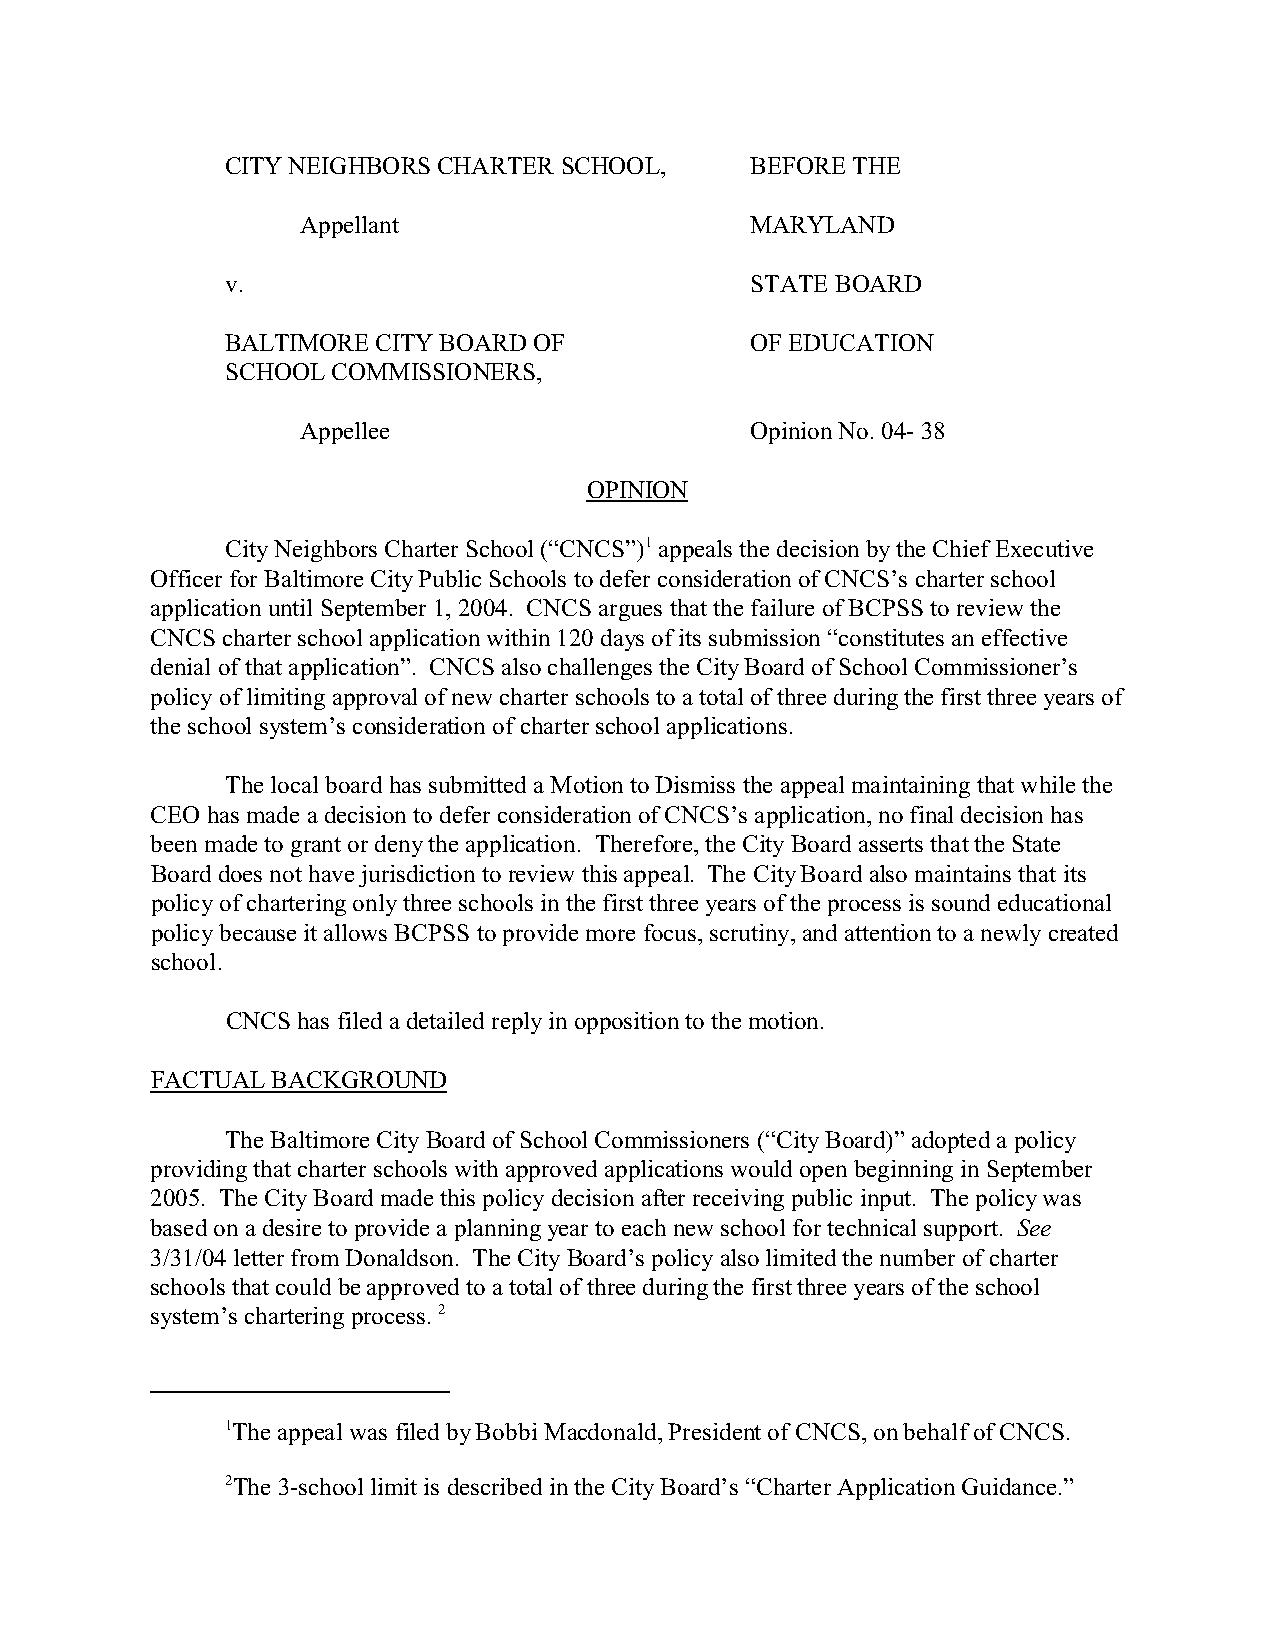
CITY NEIGHBORS CHARTER SCHOOL,     BEFORE THE
 Appellant                     MARYLAND
 v.                                 STATE BOARD
 BALTIMORE CITY BOARD OF            OF EDUCATION
 SCHOOL COMMISSIONERS,
 Appellee                      Opinion No. 04- 38
 OPINION
 City Neighbors Charter School (“CNCS”)1 appeals the decision by the Chief Executive
 Officer for Baltimore City Public Schools to defer consideration of CNCS’s charter school
 application until September 1, 2004. CNCS argues that the failure of BCPSS to review the
 CNCS charter school application within 120 days of its submission “constitutes an effective
 denial of that application”. CNCS also challenges the City Board of School Commissioner’s
 policy of limiting approval of new charter schools to a total of three during the first three years of
 the school system’s consideration of charter school applications.
 The local board has submitted a Motion to Dismiss the appeal maintaining that while the
 CEO has made a decision to defer consideration of CNCS’s application, no final decision has
 been made to grant or deny the application. Therefore, the City Board asserts that the State
 Board does not have jurisdiction to review this appeal. The City Board also maintains that its
 policy of chartering only three schools in the first three years of the process is sound educational
 policy because it allows BCPSS to provide more focus, scrutiny, and attention to a newly created
 school.
 CNCS has filed a detailed reply in opposition to the motion.
 FACTUAL BACKGROUND
 The Baltimore City Board of School Commissioners (“City Board)” adopted a policy
 providing that charter schools with approved applications would open beginning in September
 2005. The City Board made this policy decision after receiving public input. The policy was
 based on a desire to provide a planning year to each new school for technical support. See
 3/31/04 letter from Donaldson. The City Board’s policy also limited the number of charter
 schools that could be approved to a total of three during the first three years of the school
 system’s chartering process. 2
 1The appeal was filed by Bobbi Macdonald, President of CNCS, on behalf of CNCS.
 2The 3-school limit is described in the City Board’s “Charter Application Guidance.”